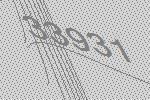
33931